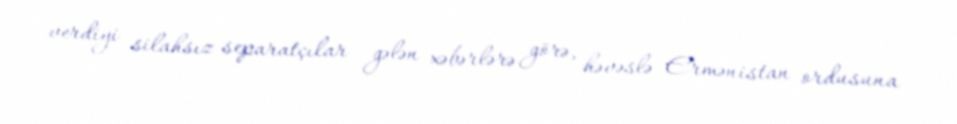
verdiyi silahsız separatçılar gələn xəbərlərə görə, həvəslə Ermənistan ordusuna